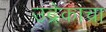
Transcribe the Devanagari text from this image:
उद्रेकाचा